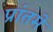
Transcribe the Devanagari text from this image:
प्रांतमे